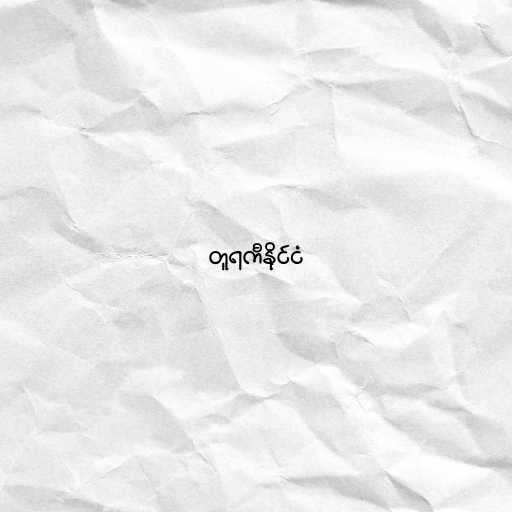
တူရကီနိုင်ငံ